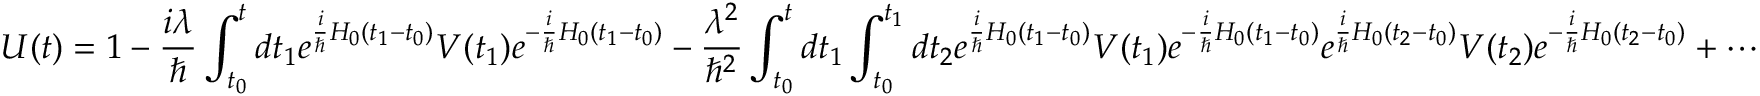
U ( t ) = 1 - { \frac { i \lambda } { \hbar } } \int _ { t _ { 0 } } ^ { t } d t _ { 1 } e ^ { { \frac { i } { \hbar } } H _ { 0 } ( t _ { 1 } - t _ { 0 } ) } V ( t _ { 1 } ) e ^ { - { \frac { i } { \hbar } } H _ { 0 } ( t _ { 1 } - t _ { 0 } ) } - { \frac { \lambda ^ { 2 } } { \hbar ^ { 2 } } } \int _ { t _ { 0 } } ^ { t } d t _ { 1 } \int _ { t _ { 0 } } ^ { t _ { 1 } } d t _ { 2 } e ^ { { \frac { i } { \hbar } } H _ { 0 } ( t _ { 1 } - t _ { 0 } ) } V ( t _ { 1 } ) e ^ { - { \frac { i } { \hbar } } H _ { 0 } ( t _ { 1 } - t _ { 0 } ) } e ^ { { \frac { i } { \hbar } } H _ { 0 } ( t _ { 2 } - t _ { 0 } ) } V ( t _ { 2 } ) e ^ { - { \frac { i } { \hbar } } H _ { 0 } ( t _ { 2 } - t _ { 0 } ) } + \cdots